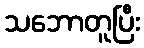
သဘောတူပြီး